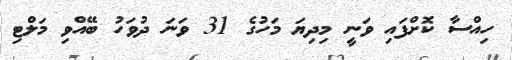
ހިއްސާ ކޮށްފައި ވަނީ މިދިޔަ މަހުގެ 31 ވަނަ ދުވަހު ބޭއްވި މަލްޓި